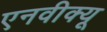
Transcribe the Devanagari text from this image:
एनवीक्यू